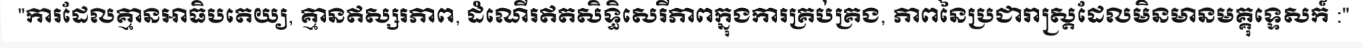
"ការដែលគ្មានអាធិបតេយ្យ, គ្មានឥស្សរភាព, ដំណើរឥតសិទ្ធិសេរីភាពក្នុងការគ្រប់គ្រង, ភាពនៃប្រជារាស្ត្រដែលមិនមានមគ្គុទ្ទេសក៍ :"